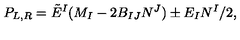
P _ { L , R } = { \tilde { E } } ^ { I } ( M _ { I } - 2 B _ { I J } N ^ { J } ) \pm E _ { I } N ^ { I } / 2 ,